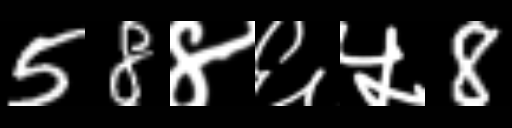
Text: 58४६५8